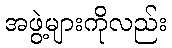
အဖွဲ့များကိုလည်း